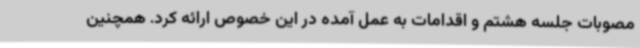
مصوبات جلسه هشتم و اقدامات به عمل آمده در این خصوص ارائه کرد. همچنین